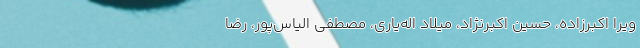
ویرا اکبرزاده، حسین اکبرنژاد، میلاد اله‌یاری، مصطفی الیاس‌پور، رضا